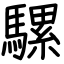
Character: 騾